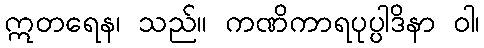
ဣတရေန၊ သည်။ ကဏိကာရပုပ္ပါဒိနာ ဝါ၊